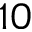
1 0